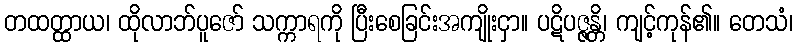
တထတ္ထာယ၊ ထိုလာဘ်ပူဇော် သက္ကာရကို ပြီးစေခြင်းအကျိုးငှာ။ ပဋိပဇ္ဇန္တိ၊ ကျင့်ကုန်၏။ တေသံ၊